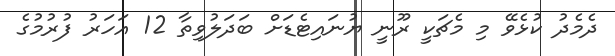
ދެމެދު ކުޅެވޭ މި މެޗަކީ ރޫނީ ޔުނައިޓެޑަށް ބަދަލުވިތާ 12 އަހަރު ފުރުމުގެ